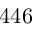
4 4 6